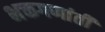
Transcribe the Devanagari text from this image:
भक्तगणांती